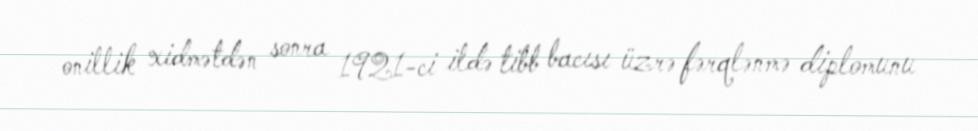
onillik xidmətdən sonra 1921-ci ildə tibb bacısı üzrə fərqlənmə diplomunu